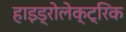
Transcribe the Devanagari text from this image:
हाइड्रोलेक्ट्रिक